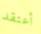
أعتقد